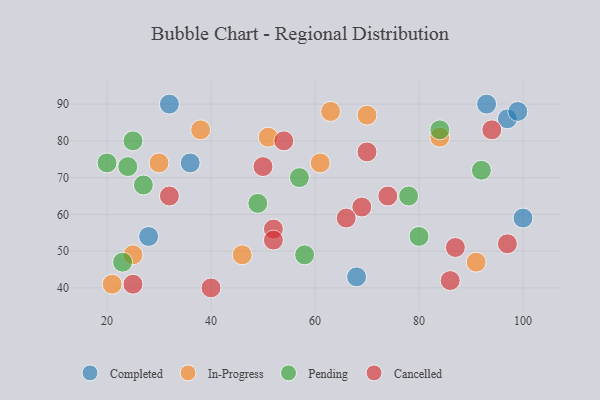
{"axis": {"x": "GDP", "y": "Life Expectancy"}, "legend": ["Cancelled", "Completed", "In-Progress", "Pending"], "data": [{"x": "28", "y": 54, "type": "Completed"}, {"x": "36", "y": 74, "type": "Completed"}, {"x": "68", "y": 43, "type": "Completed"}, {"x": "97", "y": 86, "type": "Completed"}, {"x": "100", "y": 59, "type": "Completed"}, {"x": "32", "y": 90, "type": "Completed"}, {"x": "99", "y": 88, "type": "Completed"}, {"x": "93", "y": 90, "type": "Completed"}, {"x": "38", "y": 83, "type": "In-Progress"}, {"x": "91", "y": 47, "type": "In-Progress"}, {"x": "84", "y": 81, "type": "In-Progress"}, {"x": "70", "y": 87, "type": "In-Progress"}, {"x": "25", "y": 49, "type": "In-Progress"}, {"x": "61", "y": 74, "type": "In-Progress"}, {"x": "21", "y": 41, "type": "In-Progress"}, {"x": "63", "y": 88, "type": "In-Progress"}, {"x": "46", "y": 49, "type": "In-Progress"}, {"x": "30", "y": 74, "type": "In-Progress"}, {"x": "51", "y": 81, "type": "In-Progress"}, {"x": "78", "y": 65, "type": "Pending"}, {"x": "23", "y": 47, "type": "Pending"}, {"x": "80", "y": 54, "type": "Pending"}, {"x": "27", "y": 68, "type": "Pending"}, {"x": "24", "y": 73, "type": "Pending"}, {"x": "25", "y": 80, "type": "Pending"}, {"x": "58", "y": 49, "type": "Pending"}, {"x": "20", "y": 74, "type": "Pending"}, {"x": "49", "y": 63, "type": "Pending"}, {"x": "92", "y": 72, "type": "Pending"}, {"x": "84", "y": 83, "type": "Pending"}, {"x": "57", "y": 70, "type": "Pending"}, {"x": "54", "y": 80, "type": "Cancelled"}, {"x": "97", "y": 52, "type": "Cancelled"}, {"x": "52", "y": 56, "type": "Cancelled"}, {"x": "69", "y": 62, "type": "Cancelled"}, {"x": "86", "y": 42, "type": "Cancelled"}, {"x": "32", "y": 65, "type": "Cancelled"}, {"x": "52", "y": 53, "type": "Cancelled"}, {"x": "50", "y": 73, "type": "Cancelled"}, {"x": "40", "y": 40, "type": "Cancelled"}, {"x": "70", "y": 77, "type": "Cancelled"}, {"x": "94", "y": 83, "type": "Cancelled"}, {"x": "74", "y": 65, "type": "Cancelled"}, {"x": "66", "y": 59, "type": "Cancelled"}, {"x": "25", "y": 41, "type": "Cancelled"}, {"x": "87", "y": 51, "type": "Cancelled"}]}